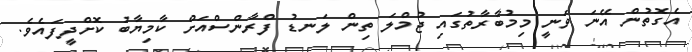
އެގޮތުން އޭނަ ވަނީ މިމުބާރާތުގައި ޖުމްލަ ތިން ލަނޑު ފްރާންސްއަށް ކާމިޔާބު ކޮށްދީފައެވެ.